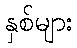
နှစ်များ